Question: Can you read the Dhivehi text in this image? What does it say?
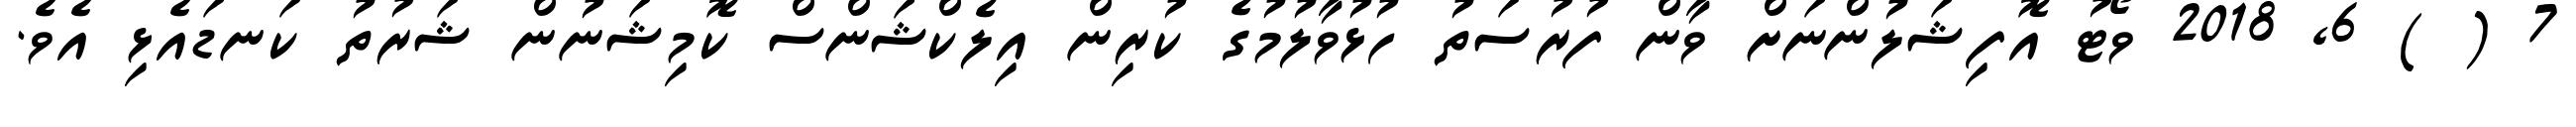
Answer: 7 ( ) 6, 2018 ވޯޓު އޮފިޝަލުންނަށް ވާން ފުރުސަތު ހުޅުވާލުމުގެ ކުރިން އިލެކްޝަންސް ކޮމިޝަނުން ޝަރުތު ކަނޑައެޅި އެވެ.